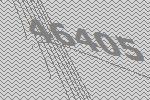
46405